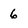
Character: 6